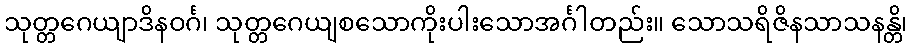
သုတ္တဂေယျာဒိနဝင်္ဂ၊ သုတ္တဂေယျစသောကိုးပါးသောအင်္ဂါတည်း။ သောသရိဇိနသာသနန္တိ၊